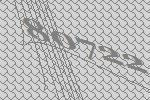
80722